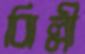
ঝিল্লী